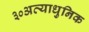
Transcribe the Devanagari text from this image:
३०अत्याधुनिक